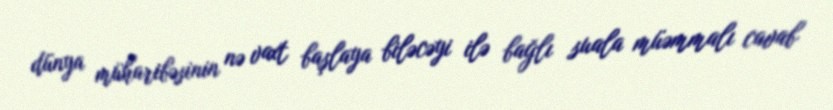
dünya müharibəsinin nə vaxt başlaya biləcəyi ilə bağlı suala müəmmalı cavab